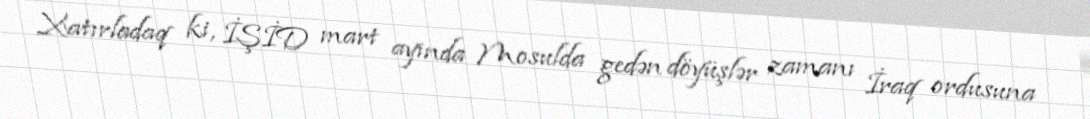
Xatırladaq ki, İŞİD mart ayında Mosulda gedən döyüşlər zamanı İraq ordusuna